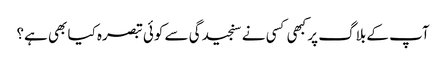
آپ کے بلاگ پر کبھی کسی نے سنجیدگی سے کوئی تبصرہ کیا بھی ہے؟